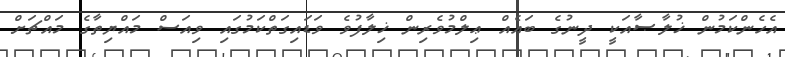
އެހެންކަމުން ޚުލާޞާއަކީ ދީނުގެ ބައެއް ޢިލްމުވެރިން ޚިލާފުވެ ވަޑައިގަތްކަމުގައި ވިއަސް މައްޔިތާގެ މައްޗަށް